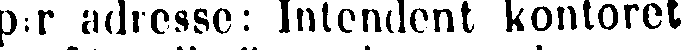
p:r adresse: Intendent kontoret